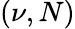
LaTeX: (\nu,N)